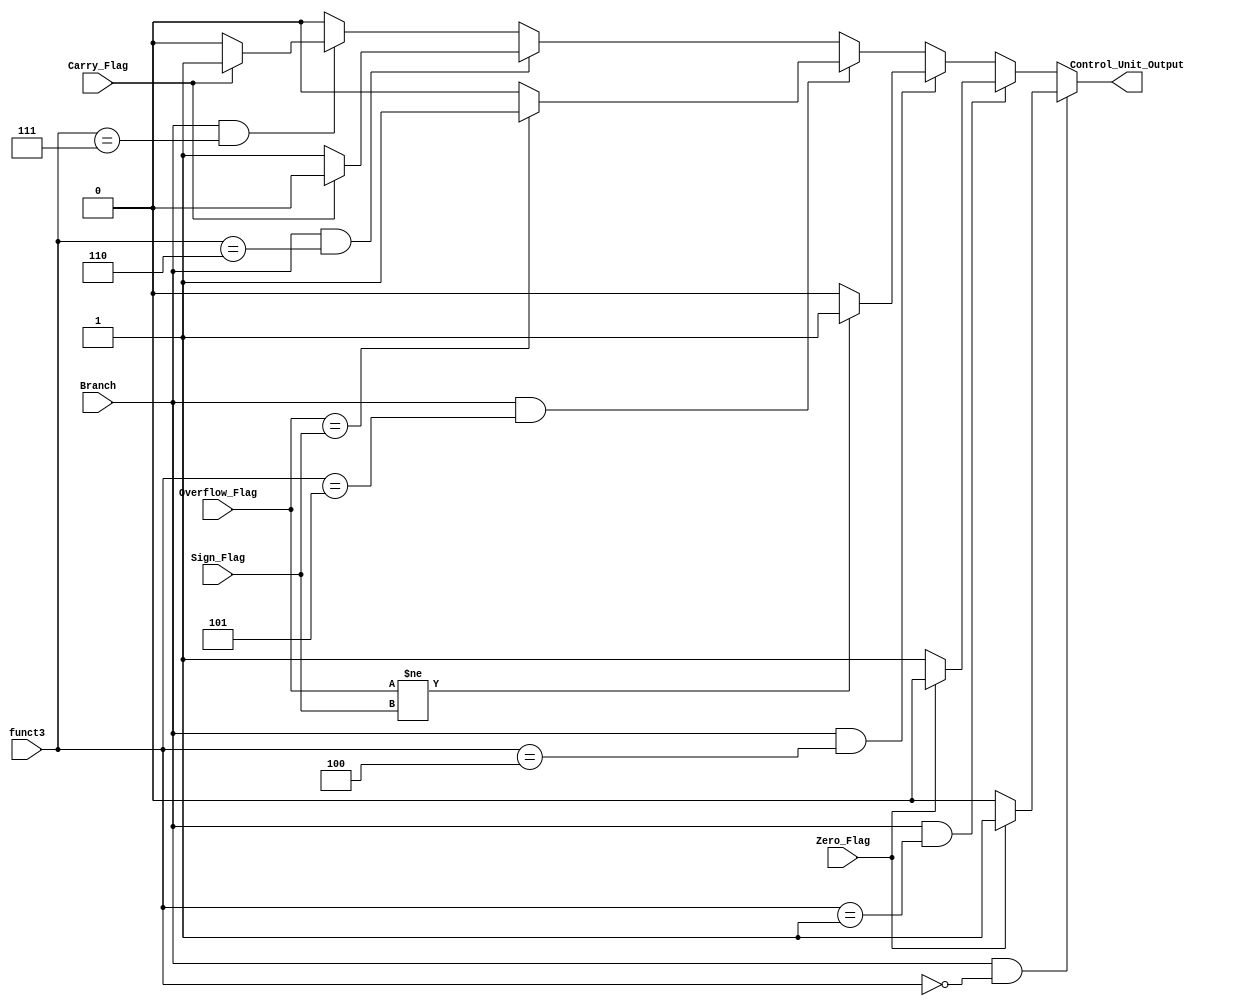
`timescale 1ns / 1ps
//////////////////////////////////////////////////////////////////////////////////
// 
// 
// Module Name: Branch_Control_Unit.v
// Project Name: Single Cycle RISC-V Processor
// Description: This is the Branch Control Unit Module, that is used for generating signals based on multiple branch instructions.
// 
// Change History: 11/3/2022 - Implemented the module.
//////////////////////////////////////////////////////////////////////////////////


module Branch_Control_Unit(input Branch, input [2:0] funct3,  input Carry_Flag, Zero_Flag, Overflow_Flag, Sign_Flag , output Control_Unit_Output );
reg out;
always@(*) begin
if(Branch && funct3== 3'b000)begin //BEQ
 if(Zero_Flag)
    out=1;
 else
    out=0;
 end
 else if(Branch && funct3== 3'b001)begin //BNE
  if(Zero_Flag)
     out=0;
  else
     out=1;
  end
 
 else if(Branch &&funct3== 3'b100)begin //BLT
 if(Overflow_Flag != Sign_Flag)
        out=1;
     else
        out=0;
    end
 
 else if(Branch &&funct3== 3'b101)begin //BGE
   if(Overflow_Flag == Sign_Flag)
       out=1;
    else
       out=0;
   end
 
 else if(Branch && funct3== 3'b110)begin //BLTU
    if(~Carry_Flag)
        out=1;
     else
        out=0;
    end
 
 else if(Branch && funct3== 3'b111)begin //BGEU
     if(Carry_Flag)
         out=1;
      else
         out=0;
     end
 
 
else begin
       out=0;
       end
end


assign Control_Unit_Output= out;
endmodule